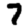
Digit: 7